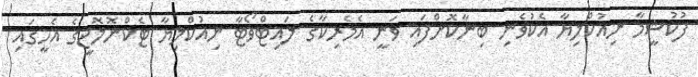
ފުކުޝީމާ ނިއުކްލިޔާ އެކުވެނި ބިނާކޮށްފައި ވަނީ އެމެރިކާގެ ލައިޓްވޯޓާ ނިއުކްލިޔާ ޓެކްނޮލޮޖީގެ އެހީގައި